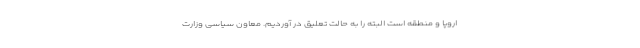
اروپا و منطقه است البته را به حالت تعلیق در آوردیم. معاون سیاسی وزارت